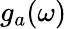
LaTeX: g_{a}(\omega)